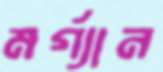
মর্গ্যান